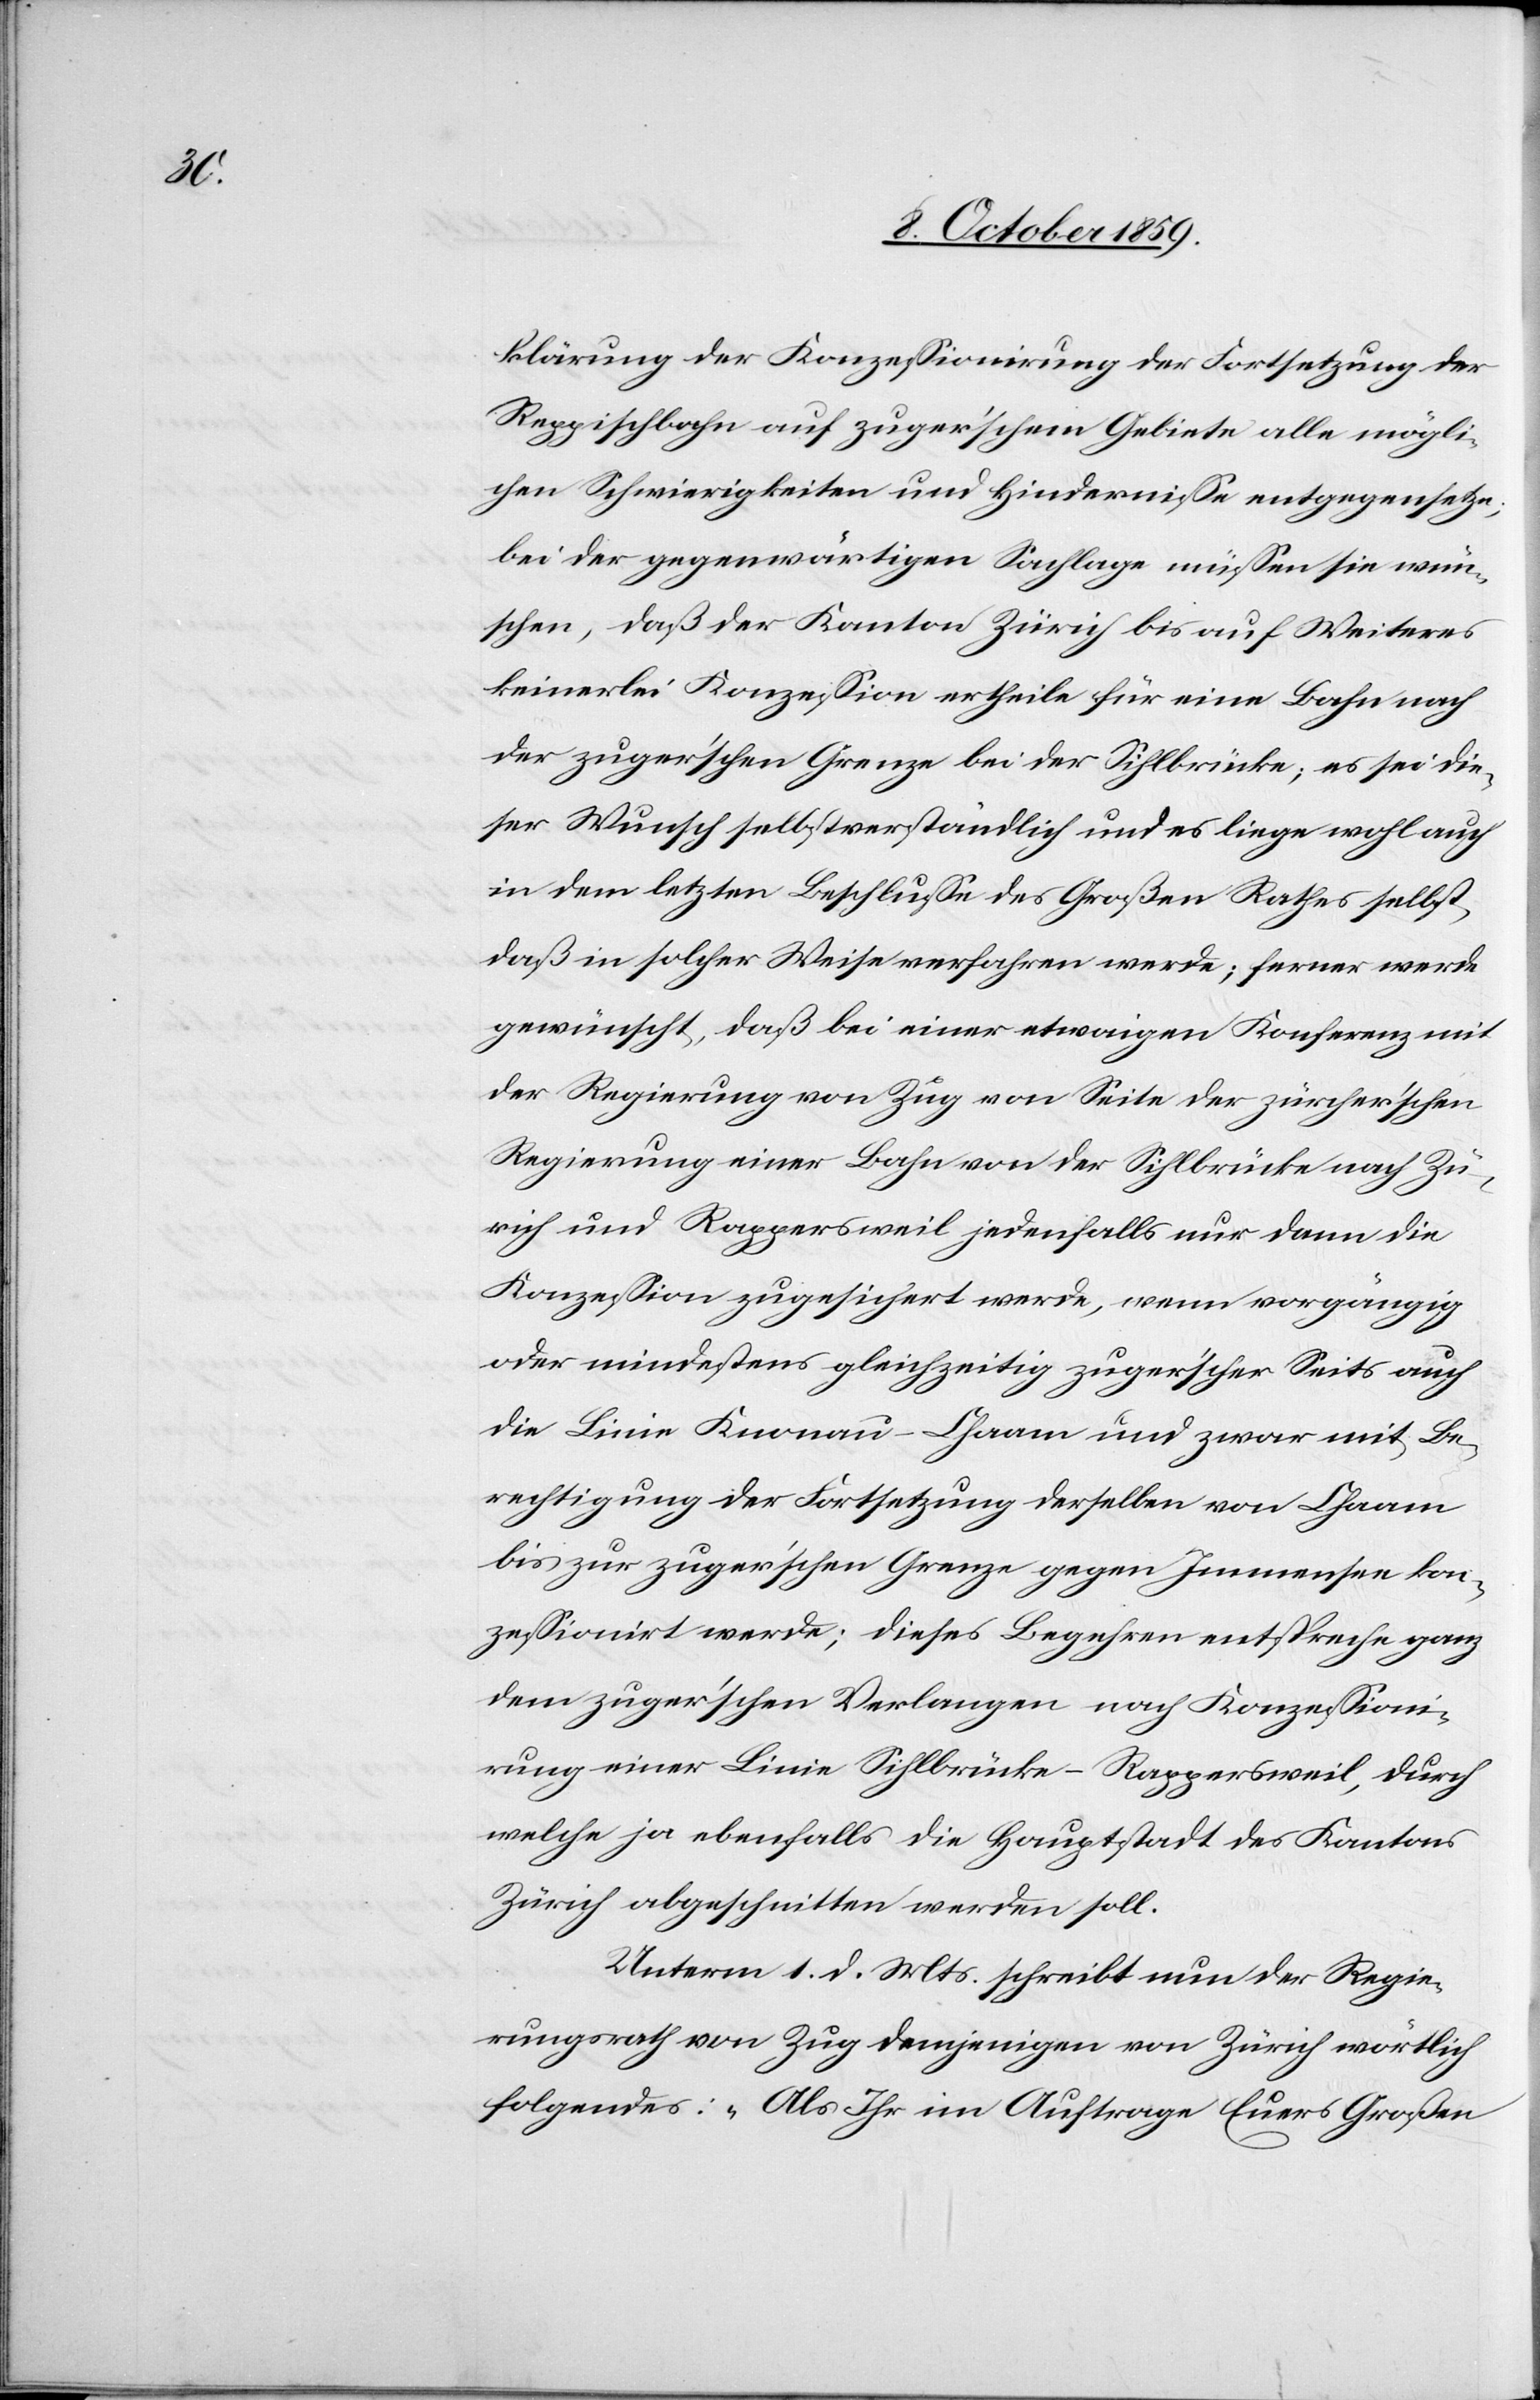
klärung der Konzessionirung der Fortsetzung der
Reppischbahn auf zuger'schem Gebiete alle mögli¬
chen Schwierigkeiten und Hindernisse entgegensetze;
bei der gegenwärtigen Sachlage müssen sie wün¬
schen, daß der Kanton Zürich bis auf Weiteres
keinerlei Konzession ertheile für eine Bahn nach
der zuger'schen Grenze bei der Sihlbrücke; es sei die¬
ser Wunsch selbstverständlich und es liege wohl auch
in dem letzten Beschlusse des Großen Rathes selbst,
daß in solcher Weise verfahren werde; ferner werde
gewünscht, daß bei einer etwaigen Konferenz mit
der Regierung von Zug von Seite der zürcher'schen
Regierung einer Bahn von der Sihlbrücke nach Zü¬
rich und Rappersweil jedenfalls nur dann die
Konzession zugesichert werde, wenn vorgängig
oder mindestens gleichzeitig zuger'scher Seits auch
die Linie Knonau–Chaam [sic!] und zwar mit Be¬
rechtigung der Fortsetzung derselben von Chaam
bis zur zuger'schen Grenze gegen Immensee kon¬
zessionirt werde; dieses Begehren entspreche ganz
dem zuger'schen Verlangen nach Konzessioni¬
rung einer Linie Sihlbrücke–Rappersweil, durch
welche ja ebenfalls die Hauptstadt des Kantons
Zürich abgeschnitten werden soll.
Unterm 1. d. Mts. schreibt nun der Regie¬
rungsrath von Zug demjenigen von Zürich wörtlich
folgendes: „Als Ihr im Auftrage Euers Großen